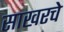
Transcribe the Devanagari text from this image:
साखरचे